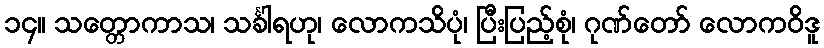
၁၄။ သတ္တောကာသ၊ သင်္ခါရဟု၊ လောကသိပုံ၊ ပြီးပြည့်စုံ၊ ဂုဏ်တော် လောကဝိဒူ